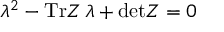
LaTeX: \lambda ^ { 2 } - \mathrm { T r } Z \, \lambda + \mathrm { d e t } Z = 0